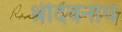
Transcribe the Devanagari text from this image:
श्रीदेवनाथ